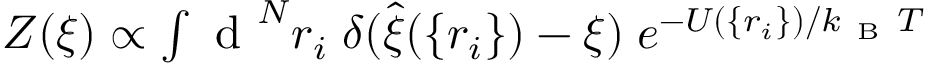
\begin{array} { r } { Z ( \xi ) \propto \int \mathrm { ~ d ~ } ^ { N } r _ { i } \; \delta ( \hat { \xi } ( \{ r _ { i } \} ) - \xi ) \; e ^ { - U ( \{ r _ { i } \} ) / k _ { \mathrm { ~ B ~ } } T } } \end{array}